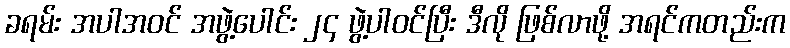
ခရမ်း အပါအဝင် အဖွဲ့ပေါင်း ၂၄ ဖွဲ့ပါဝင်ပြီး ဒီလို ဖြစ်လာဖို့ အရင်ကတည်းက